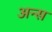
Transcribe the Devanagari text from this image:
अन्स